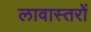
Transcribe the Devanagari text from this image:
लावास्तरों